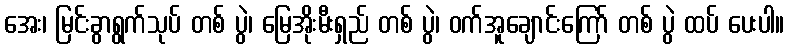
အေး၊ မြင်းခွာရွက်သုပ် တစ် ပွဲ၊ မြေအိုးမီးရှည် တစ် ပွဲ၊ ဝက်အူချောင်းကြော် တစ် ပွဲ ထပ် ပေးပါ။